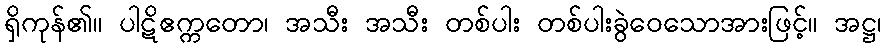
ရှိကုန်၏။ ပါဋိဧက္ကတော၊ အသီး အသီး တစ်ပါး တစ်ပါးခွဲဝေသောအားဖြင့်။ အဋ္ဌ၊